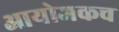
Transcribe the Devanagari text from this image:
आयोजकच